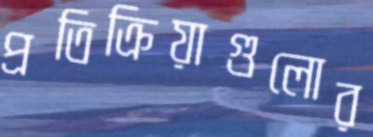
প্রতিক্রিয়াগুলোর